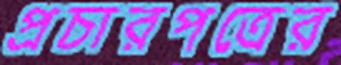
প্রচারপত্রের